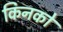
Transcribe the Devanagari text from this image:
किनको